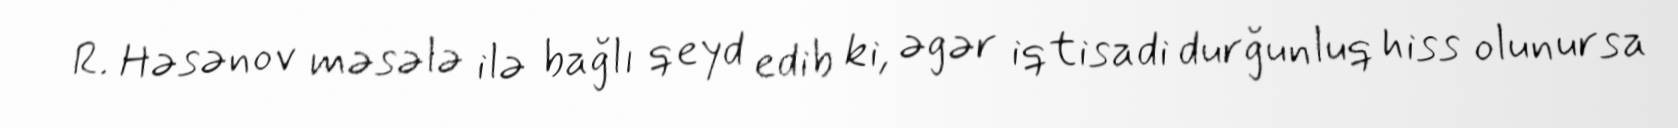
R. Həsənov məsələ ilə bağlı qeyd edib ki, əgər iqtisadi durğunluq hiss olunursa